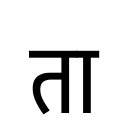
OCR:
ता